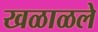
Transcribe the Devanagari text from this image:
खळाळले